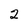
Character: 2